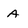
Character: a